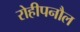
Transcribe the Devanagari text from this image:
रोहीपनौल